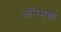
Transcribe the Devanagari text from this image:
अभिमर्त्ता